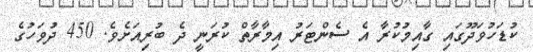
ކުޑަހުވަދޫގައި ގާއިމުކުރާ އެ ސެންޓަރު އިމާރާތް ކުރަނީ ދެ ބުރިއަށެވެ. 450 ދުވަހުގެ